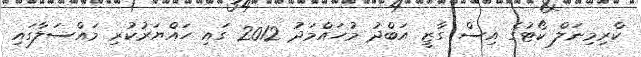
ކްރިމިނަލް ކޯޓުގެ އިސް ގާޒީ އަބްދު މުހައްމަދު 2012 ގައި ހައްޔަރުކުރި މައްސަލާގައި